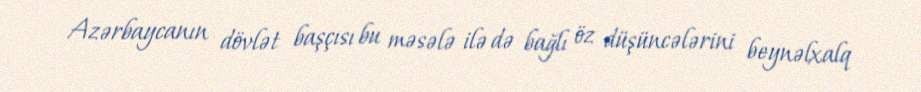
Azərbaycanın dövlət başçısı bu məsələ ilə də bağlı öz düşüncələrini beynəlxalq